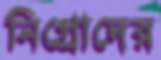
নিগ্রোদের